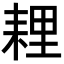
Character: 𦓵